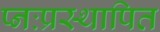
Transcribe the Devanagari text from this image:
प्नःप्रस्थापित